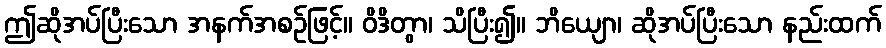
ဤဆိုအပ်ပြီးသော အနက်အစဉ်ဖြင့်။ ဝိဒိတွာ၊ သိပြီး၍။ ဘိယျော၊ ဆိုအပ်ပြီးသော နည်းထက်